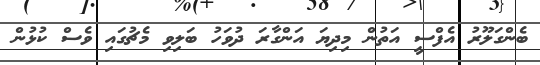
ބެންގަލޫރު އެފްސީ އަތުން މިދިޔަ އަންގާރަ ދުވަހު ބަލިވި މެޗުގައި ވެސް ކުޅުން